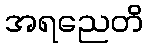
အရညေတိ